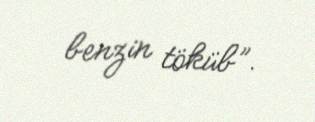
benzin töküb”.